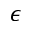
\epsilon